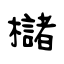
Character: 櫧